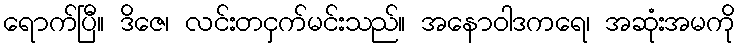
ရောက်ပြီ။ ဒိဇေ၊ လင်းတငှက်မင်းသည်။ အနောဝါဒကရေ၊ အဆုံးအမကို